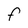
Character: F